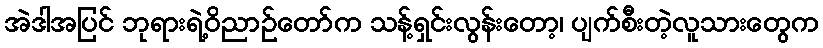
အဲဒါအပြင် ဘုရားရဲ့ဝိညာဉ်တော်က သန့်ရှင်းလွန်းတော့၊ ပျက်စီးတဲ့လူသားတွေက